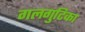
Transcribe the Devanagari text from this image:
गलगुटिका